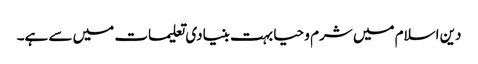
دین اسلام میں شرم و حیا بہت بنیادی تعلیمات میں سے ہے۔